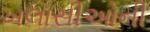
ખલાસીઓની